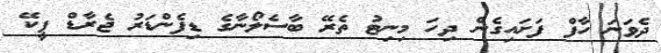
ދެވަނަ ހާފް ފަށައިގެން ދިހަ މިނިޓު ތެރޭ ބާސެލޯނާގެ ޑިފެންޑަރު ޖެރާޑް ޕީކޭ